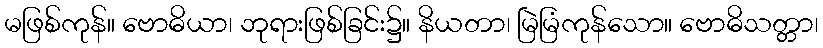
မဖြစ်ကုန်။ ဗောဓိယာ၊ ဘုရားဖြစ်ခြင်း၌။ နိယတာ၊ မြဲမြံကုန်သော။ ဗောဓိသတ္တာ၊